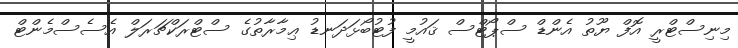
މިނިސްޓްރީ އޮފް ޔޫތު އެންޑް ސްޕޯޓްސް ޤައުމީ ފުޓުބޯޅަދަނޑު ޢިމާރާތުގެ ސްޓްރަކްޗަރަލް އެސެސްމެންޓް